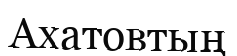
Ахатовтың